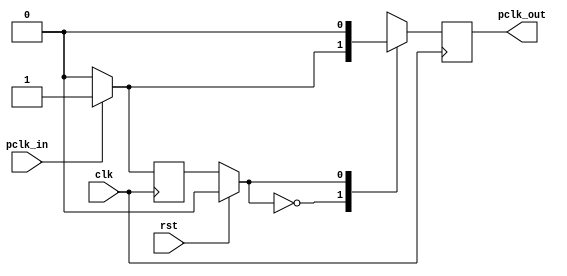
//Este cdigo es propiedad y fu realizado por nuestros compaeros Diego Figueroa, Ferdy Larrotta y Edwin Medina en s proyecto "ov7670_captureimage"
module pclk_driver (
  input rst,pclk_in,clk,
  output reg pclk_out);


  parameter DETECT_RISING_EDGE = 1'b0, WAIT = 1'b1;

  reg state = DETECT_RISING_EDGE;

  always @ ( posedge(clk) ) begin

    if ( rst )
    begin
      state = DETECT_RISING_EDGE;
      pclk_out = 1'b0;
    end

    case (state)
      DETECT_RISING_EDGE:
      begin
        if ( pclk_in )
        begin
          pclk_out = 1'b1;
          state = WAIT;
        end
        else
        begin
          pclk_out = 1'b0;
          state = DETECT_RISING_EDGE;
        end
      end
      WAIT:
      begin
        pclk_out = 1'b0;
        if ( pclk_in )
        begin
          state = WAIT;
        end
        else
        begin
          state = DETECT_RISING_EDGE;
        end
      end
      default:
      begin
      pclk_out = 1'b0;
      state = DETECT_RISING_EDGE;
      end
    endcase
  end


endmodule